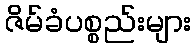
ဇိမ်ခံပစ္စည်းများ